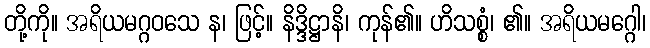
တို့ကို။ အရိယမဂ္ဂဝသေ န၊ ဖြင့်။ နိဒ္ဒိဋ္ဌာနိ၊ ကုန်၏။ ဟိသစ္စံ၊ ၏။ အရိယမဂ္ဂေါ၊